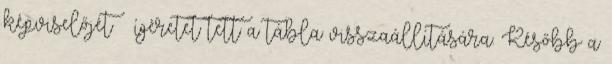
képviselőjét – ígéretet tett a tábla visszaállítására. Később a